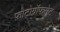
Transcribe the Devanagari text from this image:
फ़ोटोग्रॉफसेट